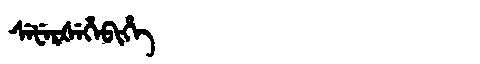
Manchu: ᠰᡝᡶᡝᡵᡧᡝᡥᡝᠪᡳᡥᡝ
Romanization: SEFERŠEHEBIHE